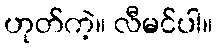
ဟုတ်ကဲ့။ လီမင်ပါ။